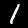
Label: 1